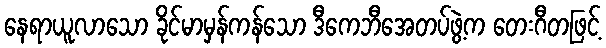
နေရာယူလာသော ခိုင်မာမှန်ကန်သော ဒီကေဘီအေတပ်ဖွဲ့က တေးဂီတဖြင့်